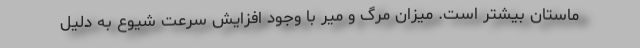
ماستان بیشتر است. میزان مرگ و میر با وجود افزایش سرعت شیوع به دلیل